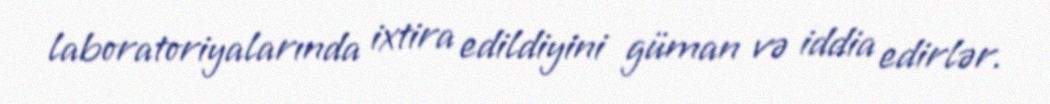
laboratoriyalarında ixtira edildiyini güman və iddia edirlər.